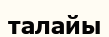
талайы